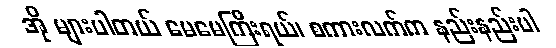
အို များပါတယ် မေမေကြီးရယ်၊ စကားလက်က နည်းနည်းပါ